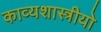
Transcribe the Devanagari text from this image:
काव्यशास्त्रीयो